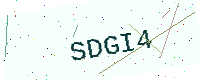
Text: SDGI4